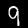
Label: 9